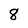
Character: 8